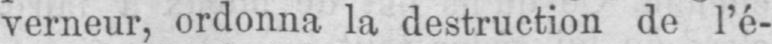
verneur, ordonna la destruction de l’é-